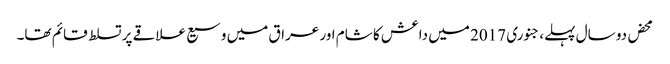
محض دو سال پہلے، جنوری 2017 میں داعش کا شام اور عراق میں وسیع علاقے پر تسلط قائم تھا۔